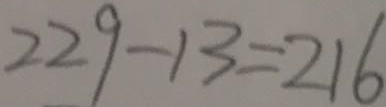
2 2 9 - 1 3 = 2 1 6